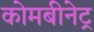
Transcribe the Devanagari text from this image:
कोमबीनेट्र